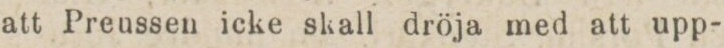
att Preussen icke skall dröja med att upp-